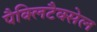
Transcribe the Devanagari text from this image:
पैक्लिटैक्सेल